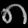
Digit: ၈